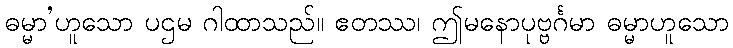
ဓမ္မာ’ဟူသော ပဌမ ဂါထာသည်။ ဧတဿ၊ ဤမနောပုဗ္ဗင်္ဂမာ ဓမ္မာဟူသော